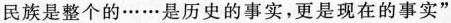
民族是整个的……是历史的事实，更是现在的事实”